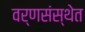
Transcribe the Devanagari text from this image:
वर्णसंस्थेत